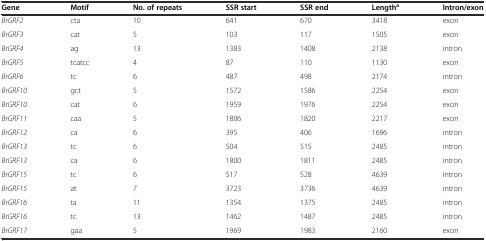
<table><thead><tr><td><b>Gene</b></td><td><b>Motif</b></td><td><b>No. of repeats</b></td><td><b>SSR start</b></td><td><b>SSR end</b></td><td><b>Length<sup>a</sup></b></td><td><b>Intron/exon</b></td></tr></thead><tbody><tr><td><i>BrGRF2</i></td><td>cta</td><td>10</td><td>641</td><td>670</td><td>3418</td><td>exon</td></tr><tr><td><i>BrGRF3</i></td><td>cat</td><td>5</td><td>103</td><td>117</td><td>1505</td><td>exon</td></tr><tr><td><i>BrGRF4</i></td><td>ag</td><td>13</td><td>1383</td><td>1408</td><td>2138</td><td>intron</td></tr><tr><td><i>BrGRF5</i></td><td>tcatcc</td><td>4</td><td>87</td><td>110</td><td>1130</td><td>exon</td></tr><tr><td><i>BrGRF6</i></td><td>tc</td><td>6</td><td>487</td><td>498</td><td>2174</td><td>intron</td></tr><tr><td><i>BrGRF10</i></td><td>gct</td><td>5</td><td>1572</td><td>1586</td><td>2254</td><td>exon</td></tr><tr><td><i>BrGRF10</i></td><td>cat</td><td>6</td><td>1959</td><td>1976</td><td>2254</td><td>exon</td></tr><tr><td><i>BrGRF11</i></td><td>caa</td><td>5</td><td>1806</td><td>1820</td><td>2217</td><td>exon</td></tr><tr><td><i>BrGRF12</i></td><td>ca</td><td>6</td><td>395</td><td>406</td><td>1696</td><td>intron</td></tr><tr><td><i>BrGRF13</i></td><td>tc</td><td>6</td><td>504</td><td>515</td><td>2485</td><td>intron</td></tr><tr><td><i>BrGRF13</i></td><td>ca</td><td>6</td><td>1800</td><td>1811</td><td>2485</td><td>intron</td></tr><tr><td><i>BrGRF15</i></td><td>tc</td><td>6</td><td>517</td><td>528</td><td>4639</td><td>intron</td></tr><tr><td><i>BrGRF15</i></td><td>at</td><td>7</td><td>3723</td><td>3736</td><td>4639</td><td>intron</td></tr><tr><td><i>BrGRF16</i></td><td>ta</td><td>11</td><td>1354</td><td>1375</td><td>2485</td><td>intron</td></tr><tr><td><i>BrGRF16</i></td><td>tc</td><td>13</td><td>1462</td><td>1487</td><td>2485</td><td>intron</td></tr><tr><td><i>BrGRF17</i></td><td>gaa</td><td>5</td><td>1969</td><td>1983</td><td>2160</td><td>exon</td></tr></tbody></table>